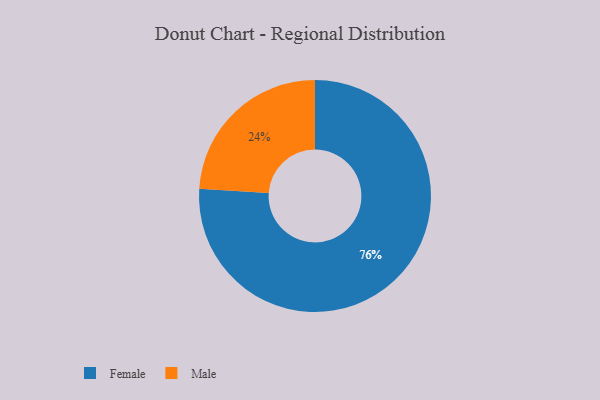
{"axis": {"x": "Category", "y": "Percentage"}, "legend": ["Female", "Male"], "data": [{"x": "Male", "y": 24, "type": "Male"}, {"x": "Female", "y": 76, "type": "Female"}]}